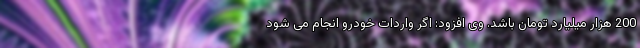
200 هزار میلیارد تومان باشد. وی افزود: اگر واردات خودرو انجام می شود